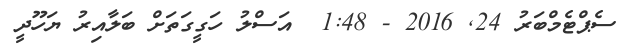
ސެޕްޓެމްބަރު 24